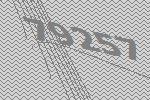
79257